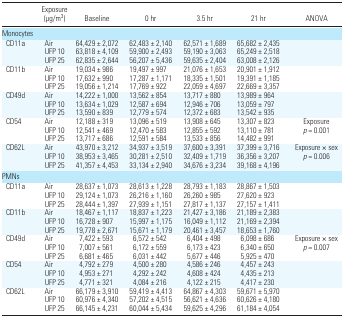
<table><thead><tr><td></td><td><b>Exposure (μg/m<sup>3</sup>)</b></td><td><b>Baseline</b></td><td><b>0 hr</b></td><td><b>3.5 hr</b></td><td><b>21 hr</b></td><td><b>ANOVA</b></td></tr></thead><tbody><tr><td colspan="7">Monocytes</td></tr><tr><td> CD11a</td><td>Air</td><td>64,429 ± 2,072</td><td>62,483 ± 2,140</td><td>62,571 ± 1,689</td><td>65,682 ± 2,435</td><td></td></tr><tr><td></td><td>UFP 10</td><td>63,818 ± 4,109</td><td>59,900 ± 2,493</td><td>59,190 ± 3,063</td><td>65,249 ± 2,518</td><td></td></tr><tr><td></td><td>UFP 25</td><td>62,835 ± 2,644</td><td>56,207 ± 5,436</td><td>59,635 ± 2,404</td><td>63,008 ± 2,126</td><td></td></tr><tr><td> CD11b</td><td>Air</td><td>19,034 ± 986</td><td>19,497 ± 997</td><td>21,076 ± 1,653</td><td>20,901 ± 1,912</td><td></td></tr><tr><td></td><td>UFP 10</td><td>17,632 ± 990</td><td>17,287 ± 1,171</td><td>18,335 ± 1,501</td><td>19,391 ± 1,185</td><td></td></tr><tr><td></td><td>UFP 25</td><td>19,056 ± 1,214</td><td>17,769 ± 922</td><td>22,059 ± 4,697</td><td>22,669 ± 3,357</td><td></td></tr><tr><td> CD49d</td><td>Air</td><td>14,222 ± 1,000</td><td>13,562 ± 854</td><td>13,717 ± 880</td><td>13,989 ± 964</td><td></td></tr><tr><td></td><td>UFP 10</td><td>13,634 ± 1,029</td><td>12,587 ± 694</td><td>12,946 ± 706</td><td>13,059 ± 797</td><td></td></tr><tr><td></td><td>UFP 25</td><td>13,590 ± 839</td><td>12,779 ± 574</td><td>12,372 ± 683</td><td>13,542 ± 935</td><td></td></tr><tr><td> CD54</td><td>Air</td><td>12,188 ± 319</td><td>13,096 ± 519</td><td>13,908 ± 645</td><td>13,307 ± 823</td><td>Exposure</td></tr><tr><td></td><td>UFP 10</td><td>12,541 ± 469</td><td>12,470 ± 583</td><td>12,855 ± 592</td><td>13,110 ± 781</td><td><i>p</i> = 0.001</td></tr><tr><td></td><td>UFP 25</td><td>13,717 ± 686</td><td>12,591 ± 584</td><td>13,533 ± 856</td><td>14,482 ± 991</td><td></td></tr><tr><td> CD62L</td><td>Air</td><td>43,970 ± 3,212</td><td>34,937 ± 3,519</td><td>37,600 ± 3,391</td><td>37,399 ± 3,716</td><td>Exposure × sex</td></tr><tr><td></td><td>UFP 10</td><td>38,953 ± 3,465</td><td>30,281 ± 2,510</td><td>32,409 ± 1,719</td><td>36,356 ± 3,207</td><td><i>p</i> = 0.006</td></tr><tr><td></td><td>UFP 25</td><td>41,357 ± 4,453</td><td>33,134 ± 2,940</td><td>34,676 ± 3,234</td><td>39,168 ± 4,196</td><td></td></tr><tr><td colspan="7">PMNs</td></tr><tr><td> CD11a</td><td>Air</td><td>28,637 ± 1,073</td><td>28,613 ± 1,228</td><td>28,793 ± 1,183</td><td>28,867 ± 1,503</td><td></td></tr><tr><td></td><td>UFP 10</td><td>29,124 ± 1,073</td><td>26,216 ± 1,160</td><td>26,260 ± 985</td><td>27,620 ± 923</td><td></td></tr><tr><td></td><td>UFP 25</td><td>28,444 ± 1,397</td><td>27,939 ± 1,151</td><td>27,817 ± 1,137</td><td>27,157 ± 1,411</td><td></td></tr><tr><td> CD11b</td><td>Air</td><td>18,467 ± 1,117</td><td>18,837 ± 1,223</td><td>21,427 ± 3,186</td><td>21,189 ± 2,383</td><td></td></tr><tr><td></td><td>UFP 10</td><td>16,728 ± 907</td><td>15,997 ± 1,175</td><td>16,049 ± 1,112</td><td>21,169 ± 2,394</td><td></td></tr><tr><td></td><td>UFP 25</td><td>19,778 ± 2,671</td><td>15,671 ± 1,179</td><td>20,461 ± 3,457</td><td>18,653 ± 1,760</td><td></td></tr><tr><td> CD49d</td><td>Air</td><td>7,422 ± 593</td><td>6,572 ± 542</td><td>6,404 ± 498</td><td>6,098 ± 686</td><td>Exposure × sex</td></tr><tr><td></td><td>UFP 10</td><td>7,007 ± 561</td><td>6,172 ± 559</td><td>6,173 ± 423</td><td>6,340 ± 650</td><td><i>p</i> = 0.007</td></tr><tr><td></td><td>UFP 25</td><td>6,681 ± 465</td><td>6,031 ± 442</td><td>5,677 ± 446</td><td>5,925 ± 470</td><td></td></tr><tr><td> CD54</td><td>Air</td><td>4,792 ± 279</td><td>4,500 ± 280</td><td>4,586 ± 246</td><td>4,457 ± 243</td><td></td></tr><tr><td></td><td>UFP 10</td><td>4,953 ± 271</td><td>4,292 ± 242</td><td>4,608 ± 424</td><td>4,435 ± 213</td><td></td></tr><tr><td></td><td>UFP 25</td><td>4,771 ± 321</td><td>4,084 ± 216</td><td>4,122 ± 215</td><td>4,417 ± 230</td><td></td></tr><tr><td> CD62L</td><td>Air</td><td>66,179 ± 3,910</td><td>59,419 ± 4,413</td><td>64,867 ± 4,303</td><td>59,671 ± 5,970</td><td></td></tr><tr><td></td><td>UFP 10</td><td>60,976 ± 4,340</td><td>57,202 ± 4,515</td><td>56,621 ± 4,636</td><td>60,626 ± 4,180</td><td></td></tr><tr><td></td><td>UFP 25</td><td>66,145 ± 4,231</td><td>60,044 ± 5,434</td><td>59,625 ± 4,296</td><td>61,184 ± 4,054</td><td></td></tr></tbody></table>